Bombay plague: being a history of the progress of plague in the Bombay presidency from September 1896 to June 1899
Year: 1896
Disease focus: Plague
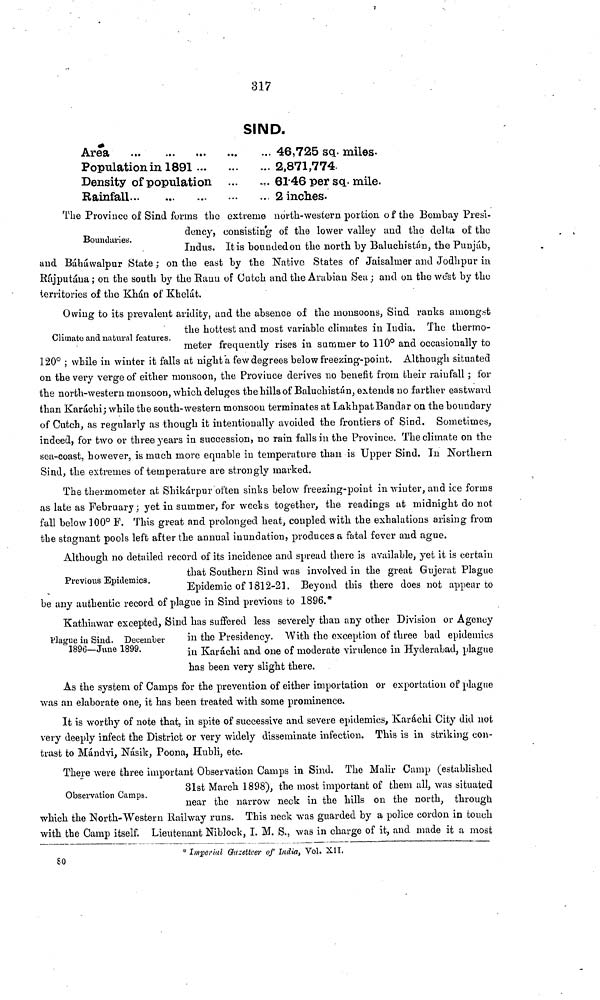
317
SIND.
Area
Population in 1891
Density of population
Rainfall
46,725 sq. miles.
2,871,774.
61 46 per sq. mile.
2 inches.
Boundaries.
The Province of Sind forms the extreme north-western portion of the Bombay Presi-
dency, consisting of the lower valley and the delta of the
Indus. It is bounded on the north by Baluchistán, the Punjáb,
and Báháwalpur State ; on the east by the Native States of Jaisalmer and Jodhpur in
Rájputáua; on the south by the Ranu of Cutch and the Arabian Sea; and on the west by the
territories of the Khán of Khelát.
Climate and natural features.
Owing to its prevalent aridity, and the absence of the monsoons, Sind ranks amongst
the hottest and most variable climates in India. The thermo-
meter frequently rises in summer to 110° and occasionally to
120° ; while in winter it falls at night "a few degrees below freezing-point. Although situated
on the very verge of either monsoon, the Province derives no benefit from their rainfall ; for
the north-western monsoon, which deluges the hills of Baluchistán, extends no farther eastward
than Karachi; while the south-western monsoon terminates at LakhpatBandar on the boundary
of Cutch, as regularly as though it intentionally avoided the frontiers of Sind. Sometimes,
indeed, for two or three years in succession, no rain falls in the Province. The climate on the
sea-coast, however, is much more equable in temperature than is Upper Sind. In Northern
Sind, the extremes of temperature are strongly marked.
The thermometer at Shikárpur often sinks below freezing-point in winter, and ice forms
as late as February; yet in summer, for weeks together, the readings at midnight do not
fall below 100° F. This great and prolonged heat, coupled with the exhalations arising from
the stagnant pools left after the annual inundation, produces a fatal fever and ague.
Previous Epidemics.
Although no detailed record of its incidence and spread there is available, yet it is certain
that Southern Sind was involved in the great Gnjerat Plague
Epidemic of 1812-21. Beyond this there does not appear to
be any authentic record of plague in Sind previous to 1896.*
Plague in Sind. December
1896—June 1899.
Kathiawar excepted, Sind has suffered less severely than any other Division or Agency
in the Presidency. With the exception of three bad epidemics
in Karáchi and one of moderate virulence in Hyderabad, plague
has been very slight there.
As the system of Camps for the prevention of either importation or exportation of plague
was an elaborate one, it has been treated with some prominence.
It is worthy of note that, in spite of successive and severe epidemics, Karáchi City did not
very deeply infect the District or very widely disseminate infection. This is in striking con-
trast to Mándvi, Násik, Poona, Hubli, etc.
Observation Camps.
There were three important Observation Camps in Sind. The Malir Camp (established
31st March 1898), the most important of them all, was situated
near the narrow neck in the hills on the north, through
which the North-Western Railway runs. This neck was guarded by a police cordon in touch
with the Camp itself. Lieutenant Niblock, I. M. S., was in charge of it, and made it a most
* Imperial Gazetteer of India, Vol. XII.
so